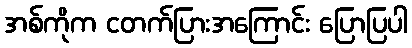
အစ်ကိုက ငတက်ပြားအကြောင်း ပြောပြပါ